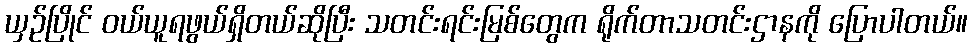
ယှဉ်ပြိုင် ဝယ်ယူရဖွယ်ရှိတယ်ဆိုပြီး သတင်းရင်းမြစ်တွေက ရိုက်တာသတင်းဌာနကို ပြောပါတယ်။